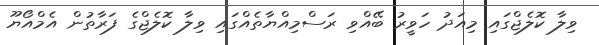
ވިލާ ކޮލެޖްގައި މިއަދު ހަވީރު ބޭއްވި ރަސްމިއްޔާތެއްގައި ވިލާ ކޮލެޖްގެ ފަރާތުން އެމްއޯޔޫ